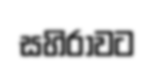
සහිරාවට